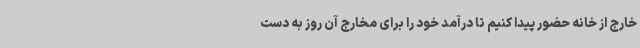
خارج از خانه حضور پیدا کنیم تا درآمد خود را برای مخارج آن روز به دست